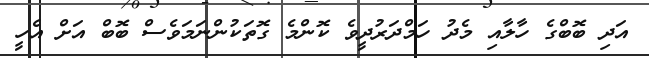
އަދި ބޮބްގެ ހާލާއި މެދު ހަމްދަރުދީވެ ކޮންމެ ގޮތަކުންނަމަވެސް ބޮބް އަށް އެހީ